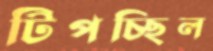
টিপচ্ছিল